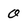
Character: 0